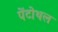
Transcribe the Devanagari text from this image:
पेंटोथल